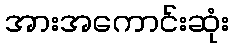
အားအကောင်းဆုံး